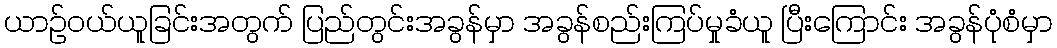
ယာဉ်ဝယ်ယူခြင်းအတွက် ပြည်တွင်းအခွန်မှာ အခွန်စည်းကြပ်မှုခံယူ ပြီးကြောင်း အခွန်ပုံစံမှာ